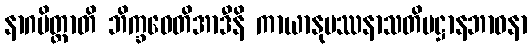
နာဂမိတ္ထာတိ ဘိက္ခဝေတိအာဒီနိ ကာယာနုပဿနာသတိပဋ္ဌာနဘာဝနာ